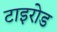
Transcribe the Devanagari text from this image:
टाइरोड